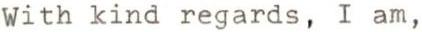
With kind regards, I am,